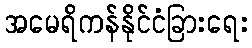
အမေရိကန်နိုင်ငံခြားရေး